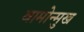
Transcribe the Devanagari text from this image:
वामोन्मुख